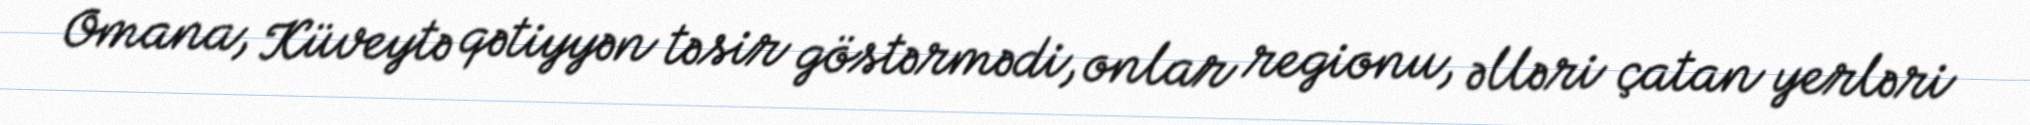
Omana, Küveytə qətiyyən təsir göstərmədi, onlar regionu, əlləri çatan yerləri